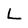
Character: L